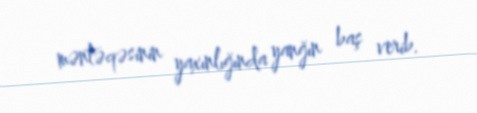
məntəqəsinin yaxınlığında yanğın baş verib.